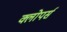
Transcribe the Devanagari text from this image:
क्लोपर्स